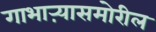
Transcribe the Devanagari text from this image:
गाभाऱ्यासमोरील